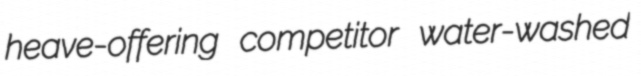
heave-offering competitor water-washed